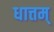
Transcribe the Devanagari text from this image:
धात्तम्‌